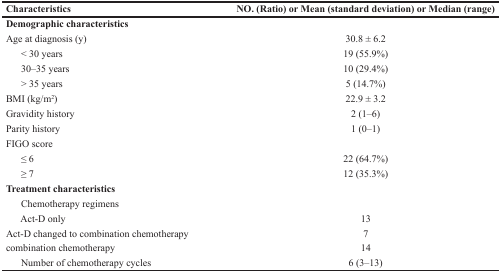
<table><thead><tr><td><b>Characteristics</b></td><td><b>NO. (Ratio) or Mean (standard deviation) or Median (range)</b></td></tr></thead><tbody><tr><td><b>Demographic characteristics</b></td><td></td></tr><tr><td>Age at diagnosis (y)</td><td>30.8 ± 6.2</td></tr><tr><td> &lt; 30 years</td><td>19 (55.9%)</td></tr><tr><td> 30–35 years</td><td>10 (29.4%)</td></tr><tr><td> &gt; 35 years</td><td>5 (14.7%)</td></tr><tr><td>BMI (kg/m<sup>2</sup>)</td><td>22.9 ± 3.2</td></tr><tr><td>Gravidity history</td><td>2 (1–6)</td></tr><tr><td>Parity history</td><td>1 (0–1)</td></tr><tr><td>FIGO score</td><td></td></tr><tr><td> ≤ 6</td><td>22 (64.7%)</td></tr><tr><td> ≥ 7</td><td>12 (35.3%)</td></tr><tr><td><b>Treatment characteristics</b></td><td></td></tr><tr><td> Chemotherapy regimens</td><td></td></tr><tr><td> Act-D only</td><td>13</td></tr><tr><td>Act-D changed to combination chemotherapy</td><td>7</td></tr><tr><td>combination chemotherapy</td><td>14</td></tr><tr><td> Number of chemotherapy cycles</td><td>6 (3–13)</td></tr></tbody></table>